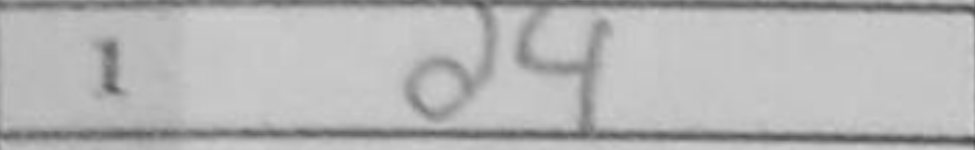
Transcription: d4